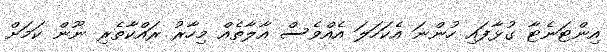
އިންޓަނެޓާ ގުޅާފައި ހުންނަ އެކަހަލަ އެއްވެސް އާލާތެއް މިހާރު ރައްކާތެރި ނޫން ކަމަށް